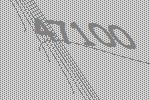
47100